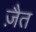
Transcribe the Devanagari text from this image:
ज़ैत